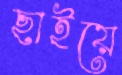
ছাইয়ে